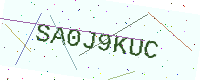
Text: SA0J9KUC